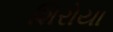
શિરોયા